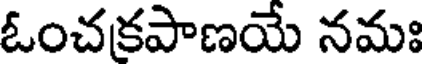
ఓంచకపాణయే నమః